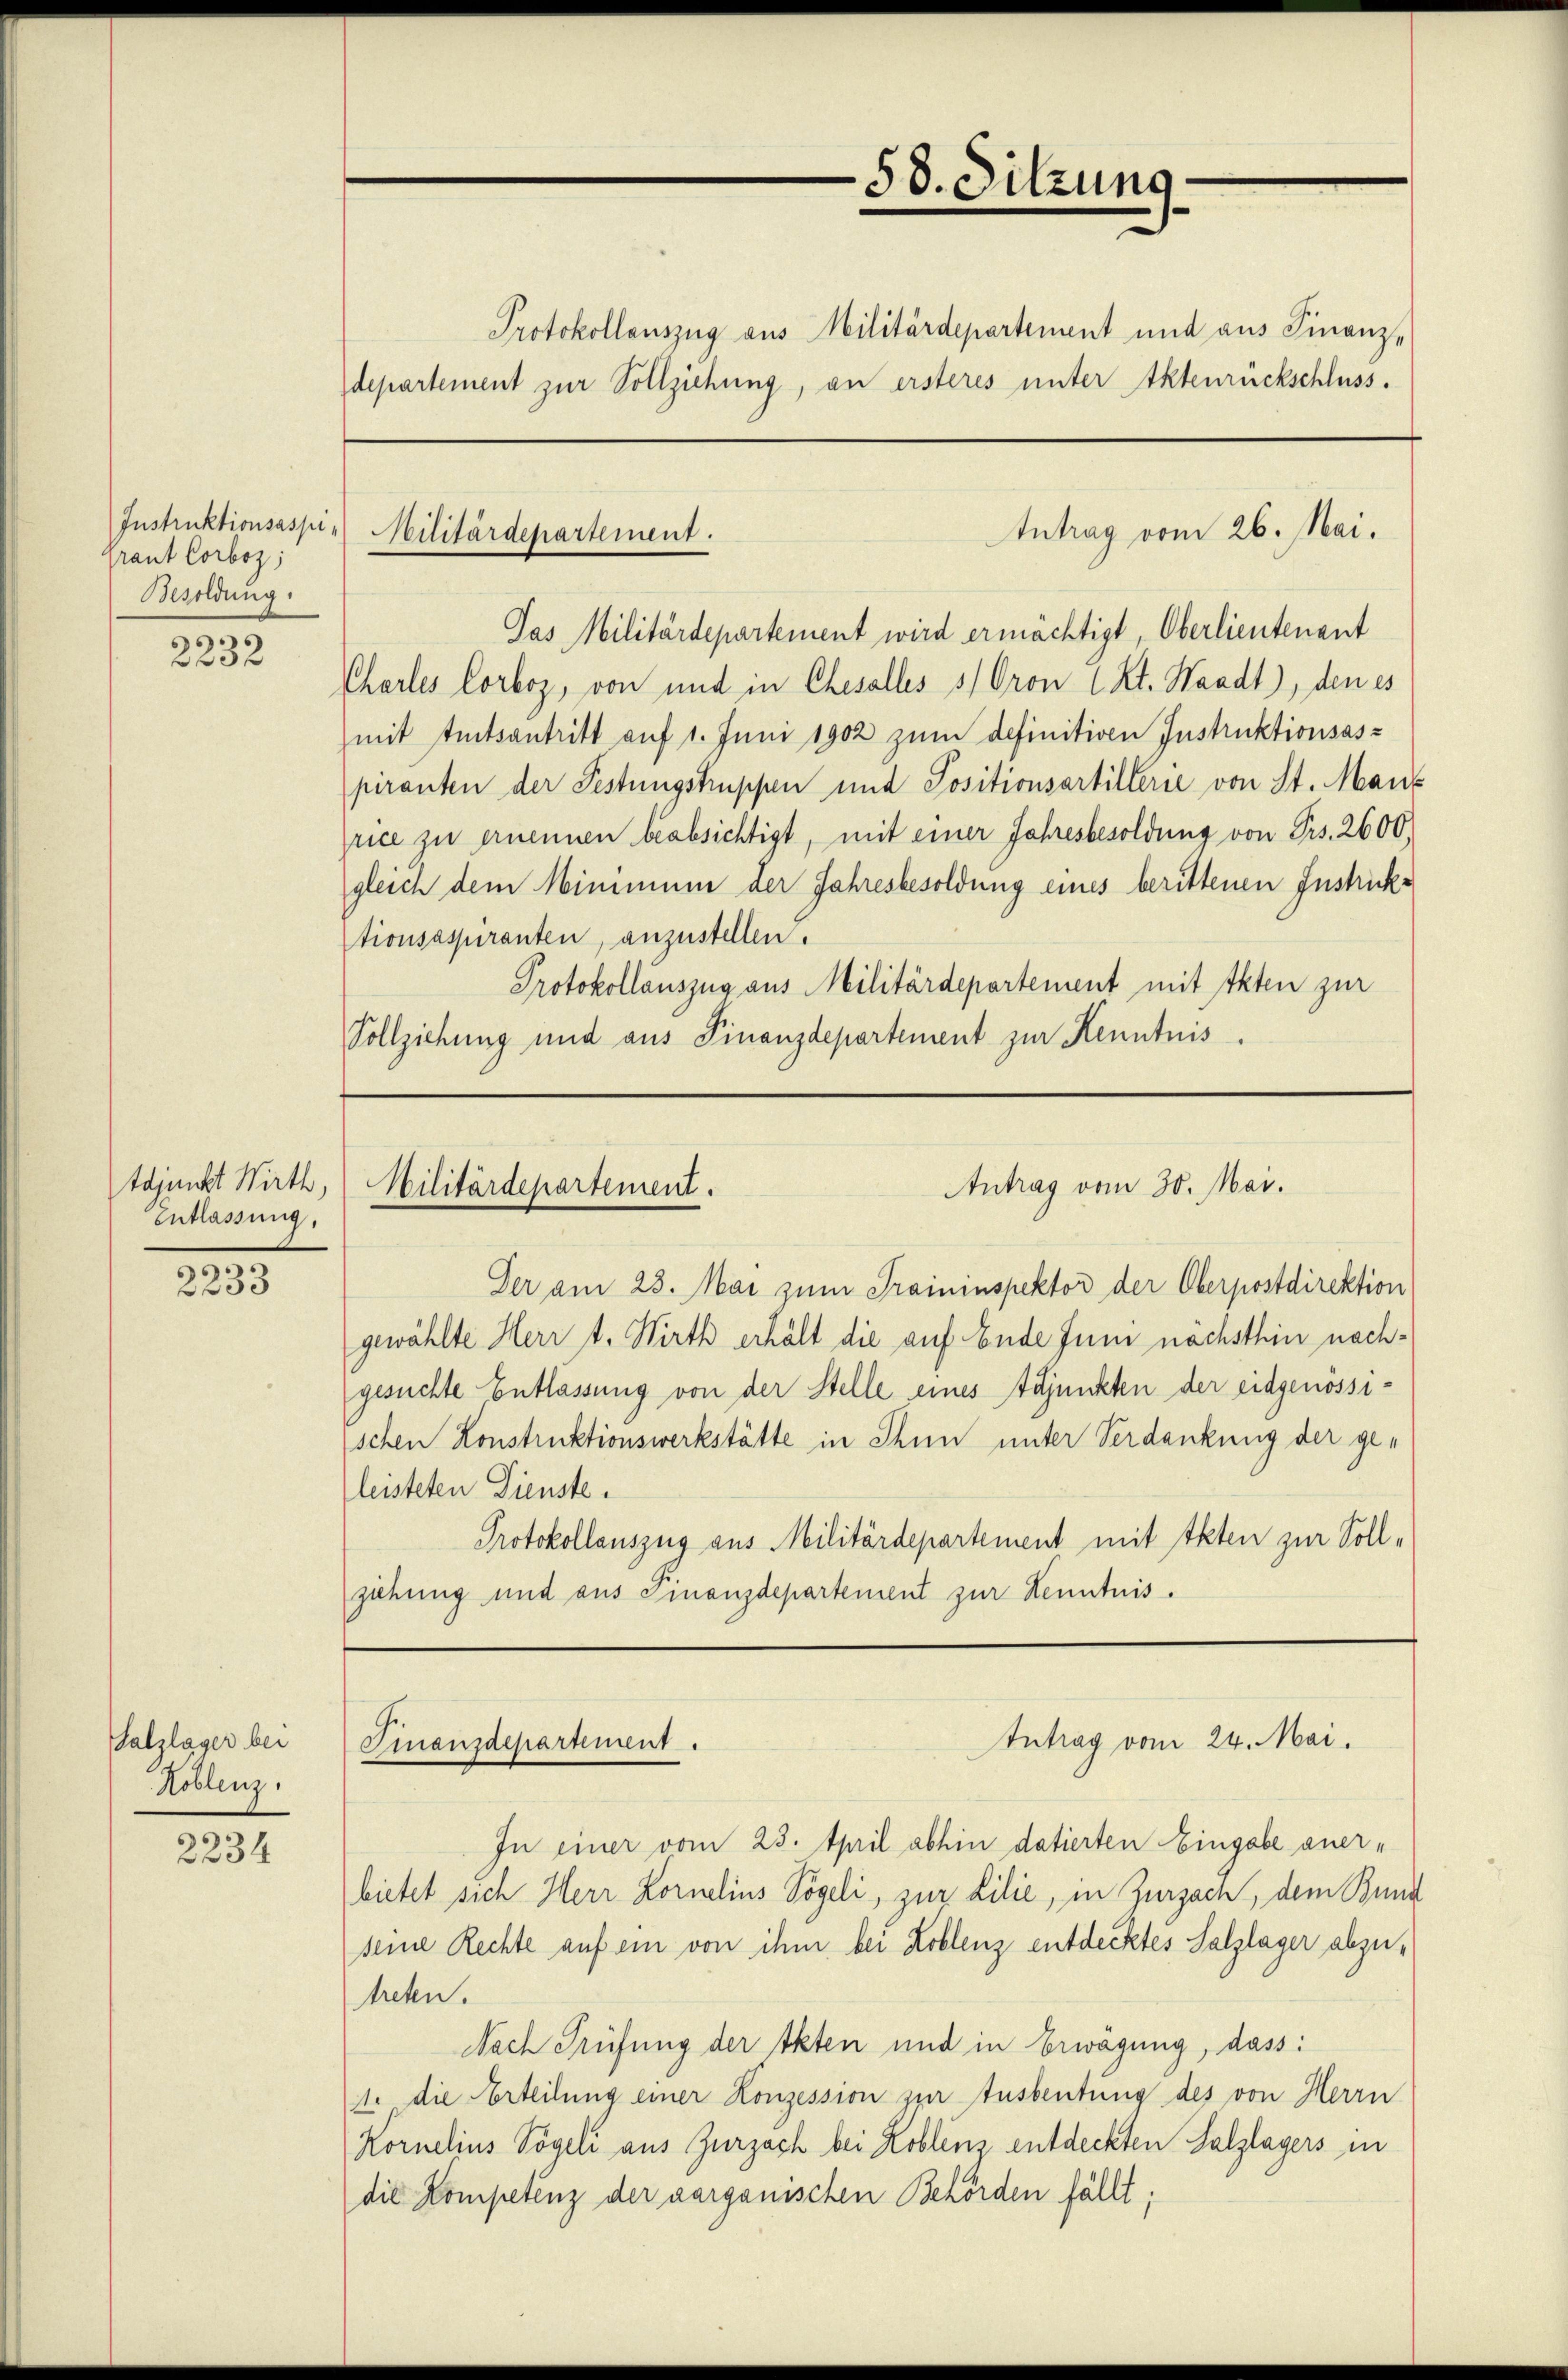
raut Corboz;
Besoldung.

2232

tajunkt Wirth,
Entlassung.

2233

Salzlager bei
Hoblenz,

2234

Protokollauszug aus Militärdepartement und aus Finanz-
departement zur Vollziehung, an ersteres unter Aktenrückschluss.

Instruktionsaspi- Militärdepartement.

Das Militärdepartement wird ermächtigt, Oberlieutenant
Chartes Corboz, von und in Ehesalles 5/ Oron Kt. Waadt), den es
mit Amtsantritt auf 1. Juni 1902 zum definitiven Instruktionsaspiranten der Festungstruppen und Positionsartillerie von St. Mans
rice zu ernennen beabsichtigt, mit einer Jahresbesoldung von Frs. 2600,
gleich dem Minimum der Jahresbesoldung eines berittenen Instricktionsaspiranten, anzustellen.
Protokollauszug aus Militärdepartement mit Akten zur
Vollziehung und aus Finanzdepartement zur Kenntnis.

Antrag vom 30. Mai.
Militärdepartement.

Finanzdepartement.

58. Sitzung.

Antrag vom 26. Mai.

Der am 28. Mai zum Traininspektor der Oberpostdirektion
gewählte Herr t. Wirth erhält die auf Ende Juni nachsthin nachgesuchte Entlassung von der Stelle eines Adjunkten der eidgenössischen Konstruktionswerkstätte in Thun unter Verdankung der geleisteten Dienste.
Protokollauszug aus Militärdepartement mit Akten zur Sollziehung und aus Finanzdepartement zur Kenntnis.

Intrag vom 24. Mai.

In einer vom 23. April abhin datierten Eingabe anerbietet sich Herr Kornelins Vögeli, zur Lilie, in Zurzach, dem Bund
seine Rechte auf ein von ihm bei Koblenz entdecktes Salzlager abzutreten.
Nach Prüfung der Akten und in Erwägung, dass
11. die Erteilung einer Konzession zur Ausbeutung des von Herrn
Kornelins Vögeli aus Zurzach bei Loblenz entdeckten Salzlagers in
die Kompetenz der aarganischen Behörden fällt.